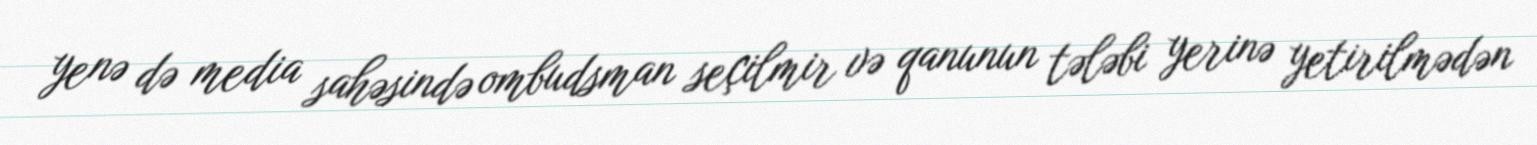
yenə də media sahəsində ombudsman seçilmir və qanunun tələbi yerinə yetirilmədən